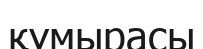
құмырасы